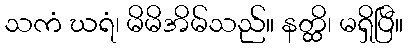
သကံ ဃရံ၊ မိမိအိမ်သည်။ နတ္ထိ၊ မရှိပြီ။